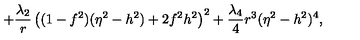
+ \frac { \lambda _ { 2 } } { r } \left( ( 1 - f ^ { 2 } ) ( \eta ^ { 2 } - h ^ { 2 } ) + 2 f ^ { 2 } h ^ { 2 } \right) ^ { 2 } + \frac { \lambda _ { 4 } } { 4 } r ^ { 3 } ( \eta ^ { 2 } - h ^ { 2 } ) ^ { 4 } ,